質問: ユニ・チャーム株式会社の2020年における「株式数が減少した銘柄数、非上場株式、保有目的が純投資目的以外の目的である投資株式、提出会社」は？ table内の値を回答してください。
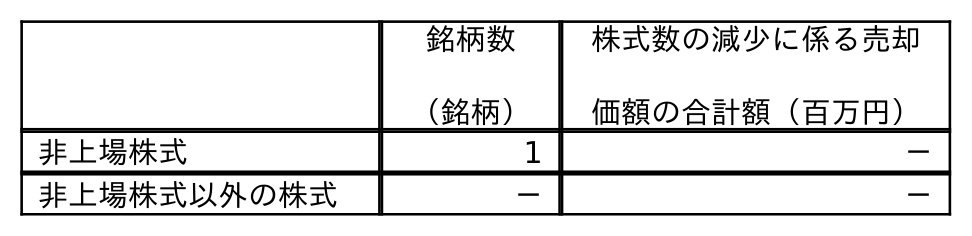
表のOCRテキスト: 銘柄数 （銘柄） 株式数の減少に係る売却 価額の合計額（百万円） 非上場株式 1 － 非上場株式以外の株式 － －
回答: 1